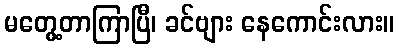
မတွေ့တာကြာပြီ၊ ခင်ဗျား နေကောင်းလား။